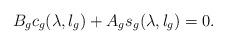
LaTeX: \begin{align*}B_gc_g(\lambda,l_g)+A_gs_g(\lambda,l_g)=0.\end{align*}